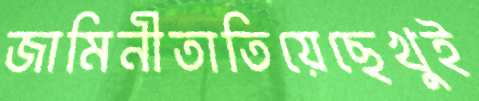
জামিনীতাতিয়েছেখুই